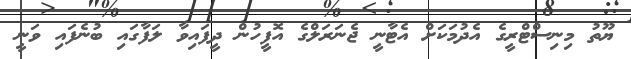
ޔޫތު މިނިސްޓްރީގެ އެދުމަކަށް އެޓާނީ ޖެނަރަލްގެ އޮފީހުން ދީފައިވާ ލަފާގައި ބުނެފައި ވަނީ